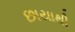
છાયાથી